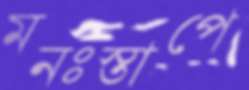
মনঃস্তাপে